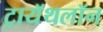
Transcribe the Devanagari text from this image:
ट्रायॅथलॉन